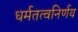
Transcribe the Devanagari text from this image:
धर्मतत्वनिर्णय